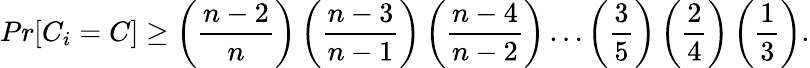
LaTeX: Pr[C_{i}=C]\geq\left({\frac{n-2}{n}}\right)\left({\frac{n-3}{n-1}}\right)\left({\frac{n-4}{n-2}}\right)\ldots\left({\frac{3}{5}}\right)\left({\frac{2}{4}}\right)\left({\frac{1}{3}}\right).